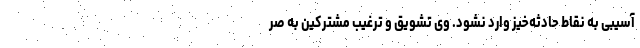
آسیبی به نقاط حادثه‌خیز وارد نشود. وی تشویق و ترغیب مشترکین به صر